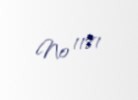
№ 1181